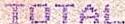
TOTAL